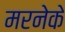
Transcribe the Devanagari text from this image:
मरनेके